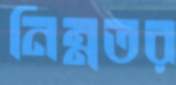
নিম্নতর